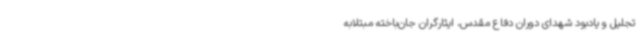
تجلیل و یادبود شهدای دوران دفاع مقدس، ایثارگران جان‌باخته مبتلابه